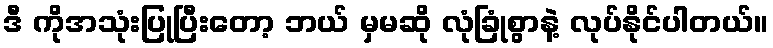
ဒီ ကိုအသုံးပြုပြီးတော့ ဘယ် မှမဆို လုံခြုံစွာနဲ့ လုပ်နိုင်ပါတယ်။